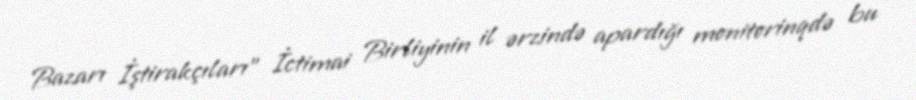
Bazarı İştirakçıları” İctimai Birliyinin il ərzində apardığı monitorinqdə bu